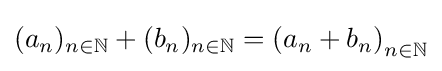
(a_{n})_{n\in \mathbb {N} }+(b_{n})_{n\in \mathbb {N} }=\left(a_{n}+b_{n}\right)_{n\in \mathbb {N} }